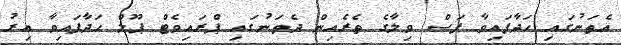
އެތަނުގައި ހަދާފައިވާ ފަސް ވިލާގެ ތެރެއިން ދެތަނުގައި ޕްރައިވެޓް ޕޫލް ހަދާފައިވާ އިރު